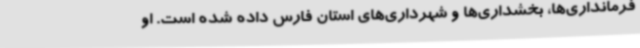
فرمانداری‌ها، بخشداری‌ها و شهرداری‌های استان فارس داده شده است. او